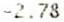
-2.78